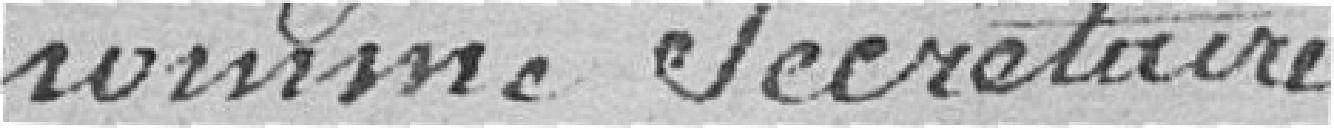
nommé secrétaire